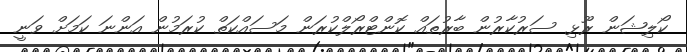
ކޯލިޝަން ރޫޅި ސަރުކާރުން ބާރުތައް ކޮންޓްރޯލްކުރަން މަސައްކަތް ކުރަމުން އަންނަ ކަމަށް ވަނީ